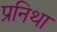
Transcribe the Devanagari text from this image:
प्रनिथा